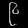
Digit: ၉